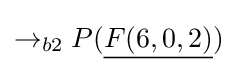
\rightarrow _{b2}P({\underline {F(6,0,2)}})